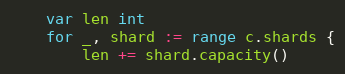
Language: Go
	var len int
	for _, shard := range c.shards {
		len += shard.capacity()